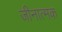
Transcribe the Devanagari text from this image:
जीनात्मक